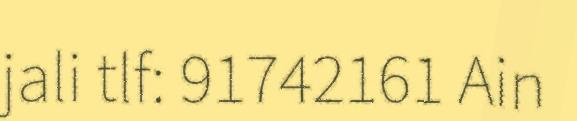
jali tlf: 91742161 Ain